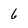
Character: 6